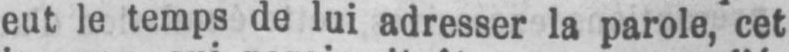
eut le temps de lui adresser la parole, cet